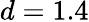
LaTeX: d=1.4